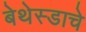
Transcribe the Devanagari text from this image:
बेथेस्डाचे